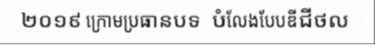
២០១៩ ក្រោមប្រធានបទ  បំលែងបែបឌីជីថល